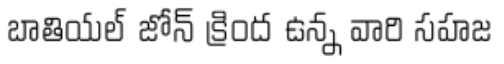
బాతియల్ జోన్ క్రింద ఉన్న వారి సహజ